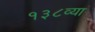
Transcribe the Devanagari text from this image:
१३८व्या